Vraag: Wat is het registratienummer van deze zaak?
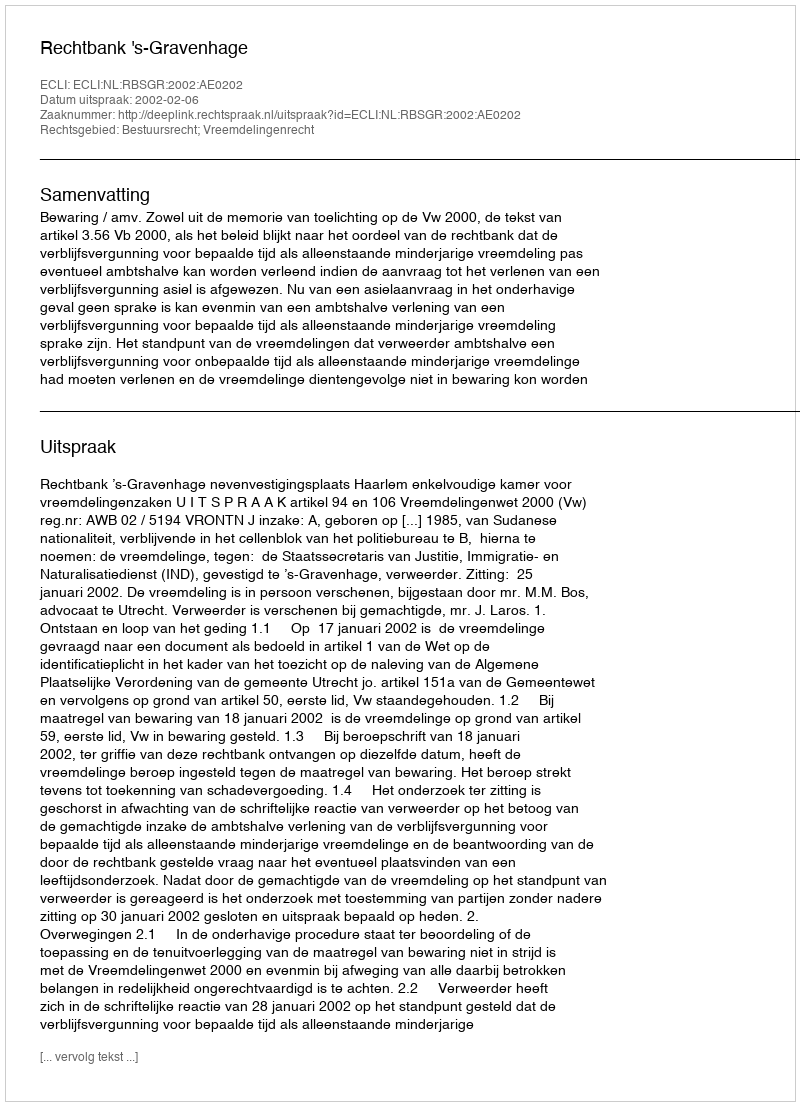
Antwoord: http://deeplink.rechtspraak.nl/uitspraak?id=ECLI:NL:RBSGR:2002:AE0202